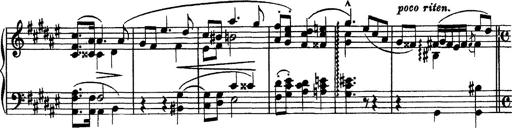
Title: Piano Sonata
Composer: Karl HÃ¤ssler
Key: C major